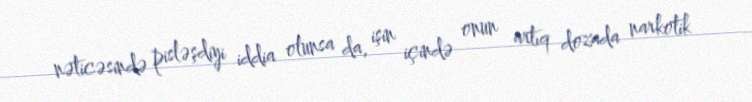
nəticəsində pisləşdiyi iddia olunsa da, işin içində onun artıq dozada narkotik